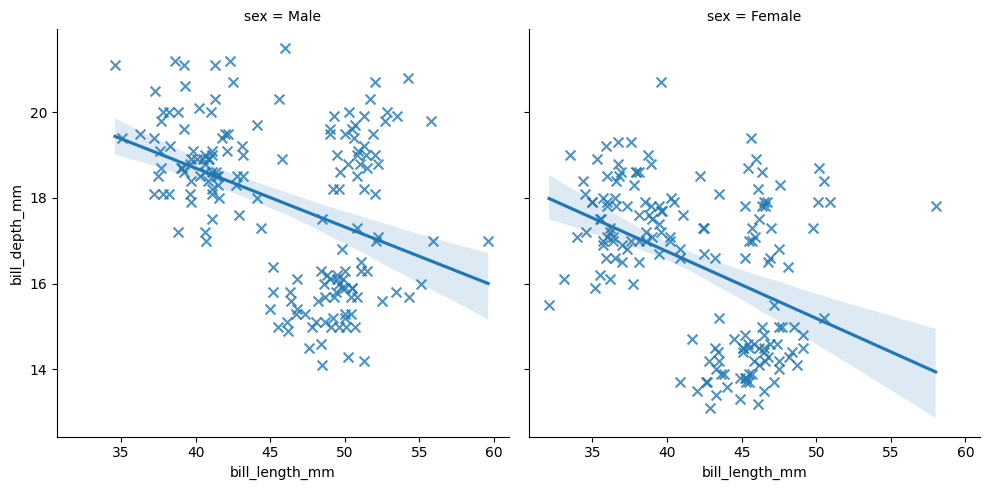
python, seaborn, lmplot, aspect=1.0, order=1, markers='x'